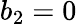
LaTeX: b_{2}=0